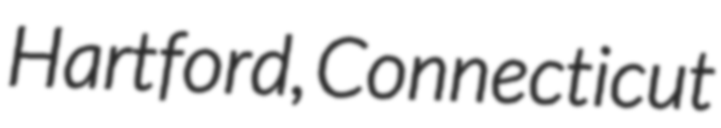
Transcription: Hartford, Connecticut